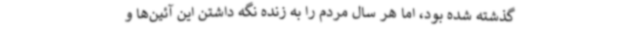
گذشته شده بود، اما هر سال مردم را به زنده نگه داشتن این آئین‌ها و